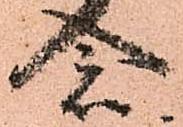
念